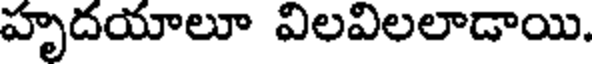
హృదయాలూ విలవిలలాడాయి.